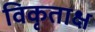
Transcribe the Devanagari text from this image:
विकृताक्ष